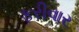
ફરીવાર